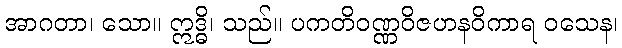
အာဂတာ၊ သော။ ဣဒ္ဓိ၊ သည်။ ပကတိဝဏ္ဏဝိဇဟနဝိကာရ ဝသေန၊